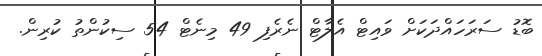
ބޮޑު ސަރަހައްދަކަށް ވައިޓް އެލާޓް ނެރެފި 49 މިނެޓް 54 ސިކުންތު ކުރިން.